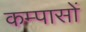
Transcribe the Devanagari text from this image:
कम्पासों